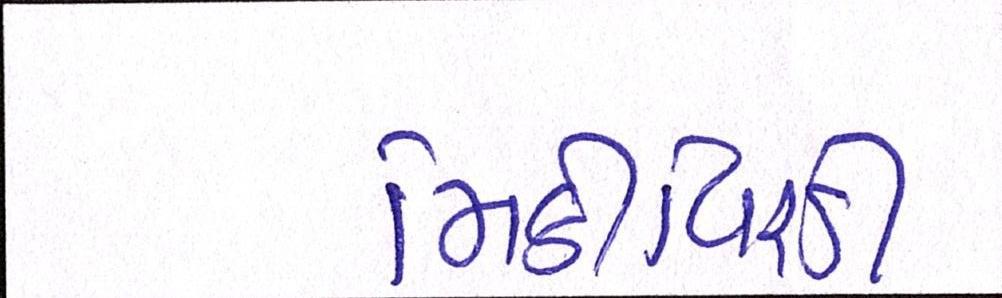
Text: મિઠીવિરડી